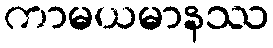
ကာမယမာနဿ